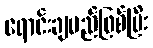
ရောင်းချမည်ဖြစ်ပြီး